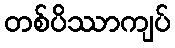
တစ်ပိဿာကျပ်